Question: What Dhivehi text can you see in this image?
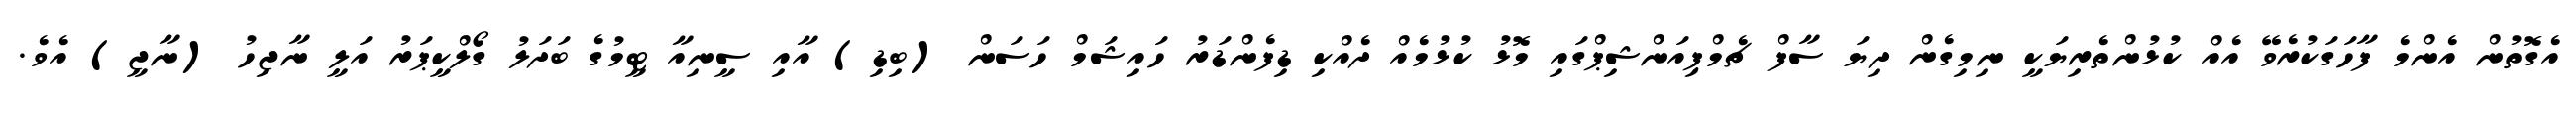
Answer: އެގޮތުން އެންމެ ފާހަގަކުރެވޭ އެއް ކުޅުންތެރިޔަކީ ނިމިގެން ދިޔަ ސާފް ޗެމްޕިއަންޝިޕްގައި މޮޅު ކުޅުމެއް ދެއްކި ޑިފެންޑަރު ހައިޝަމް ހަސަން (ބިޑި) އާއި ސީނިއާ ޓީމުގެ ބަދަލު ގޯލްކީޕަރު އަލީ ނާޖިހު (ނާޖީ) އެވެ.